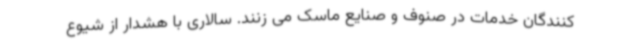
کنندگان خدمات در صنوف و صنایع ماسک می زنند. سالاری با هشدار از شیوع